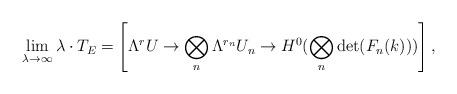
LaTeX: \begin{align*} \lim_{\lambda\to \infty} \lambda \cdot T_E = \left[\Lambda^r U \to \bigotimes_n \Lambda^{r_n} U_n \to H^0(\bigotimes_n \det(F_n(k))) \right], \end{align*}